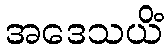
အဒေသယိံ